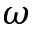
\omega